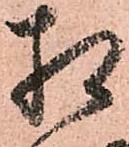
相